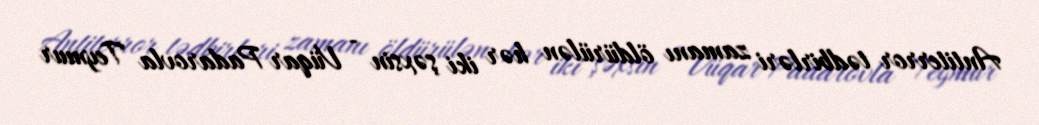
Antiterror tədbirləri zamanı öldürülən hər iki şəxsin - Vüqar Padarovla Teymur